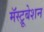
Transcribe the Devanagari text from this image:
मॅस्ट्रूबेशन